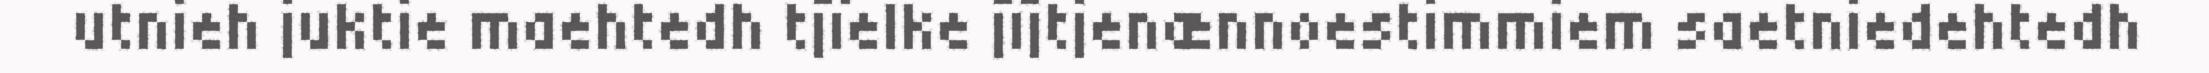
utnieh juktie maehtedh tjïelke jïjtjenænnoestimmiem saetniedehtedh